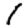
Digit: 1